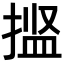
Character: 𫽝